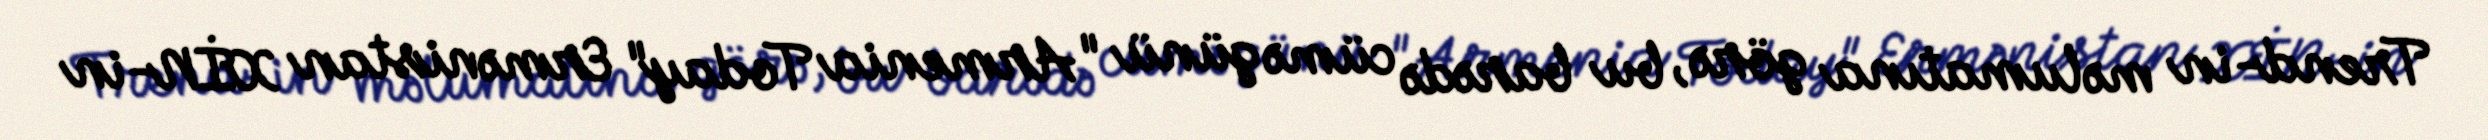
Trend-in məlumatına görə, bu barədə cümə günü "Armenia Today" Ermənistan XİN-in